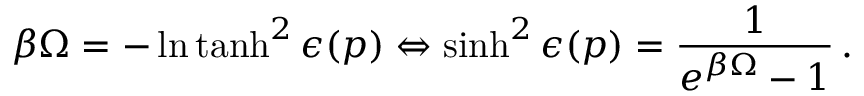
\beta \Omega = - \ln \operatorname { t a n h } ^ { 2 } \epsilon ( p ) \Leftrightarrow \sinh ^ { 2 } \epsilon ( p ) = \frac { 1 } { e ^ { \beta \Omega } - 1 } \, { . }